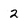
Character: 2